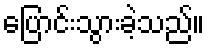
ပြောင်းသွားခဲ့သည်။